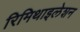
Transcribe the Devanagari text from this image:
रिमिथाइलेशन